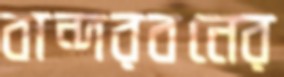
বান্দরবনের